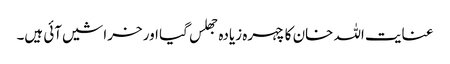
عنایت اللہ خان کا چہرہ زیادہ جھلس گیا اور خراشیں آئی ہیں۔